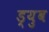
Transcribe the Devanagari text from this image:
ड्युब